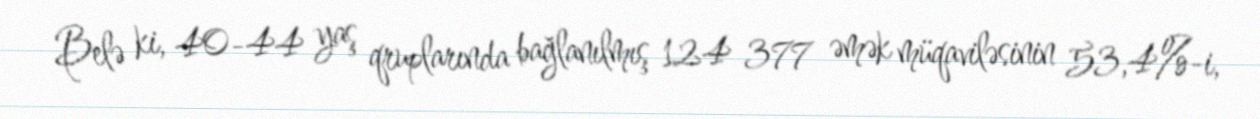
Belə ki, 40-44 yaş qruplarında bağlanılmış 124 377 əmək müqaviləsinin 53,4%-i,